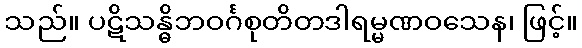
သည်။ ပဋိသန္ဓိဘဝင်္ဂစုတိတဒါရမ္မဏဝသေန၊ ဖြင့်။